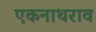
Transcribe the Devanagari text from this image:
एकनाथराव